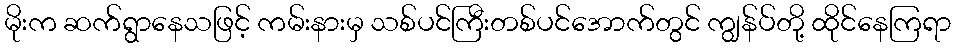
မိုးက ဆက်ရွာနေသဖြင့် ကမ်းနားမှ သစ်ပင်ကြီးတစ်ပင်အောက်တွင် ကျွန်ပ်တို့ ထိုင်နေကြရာ